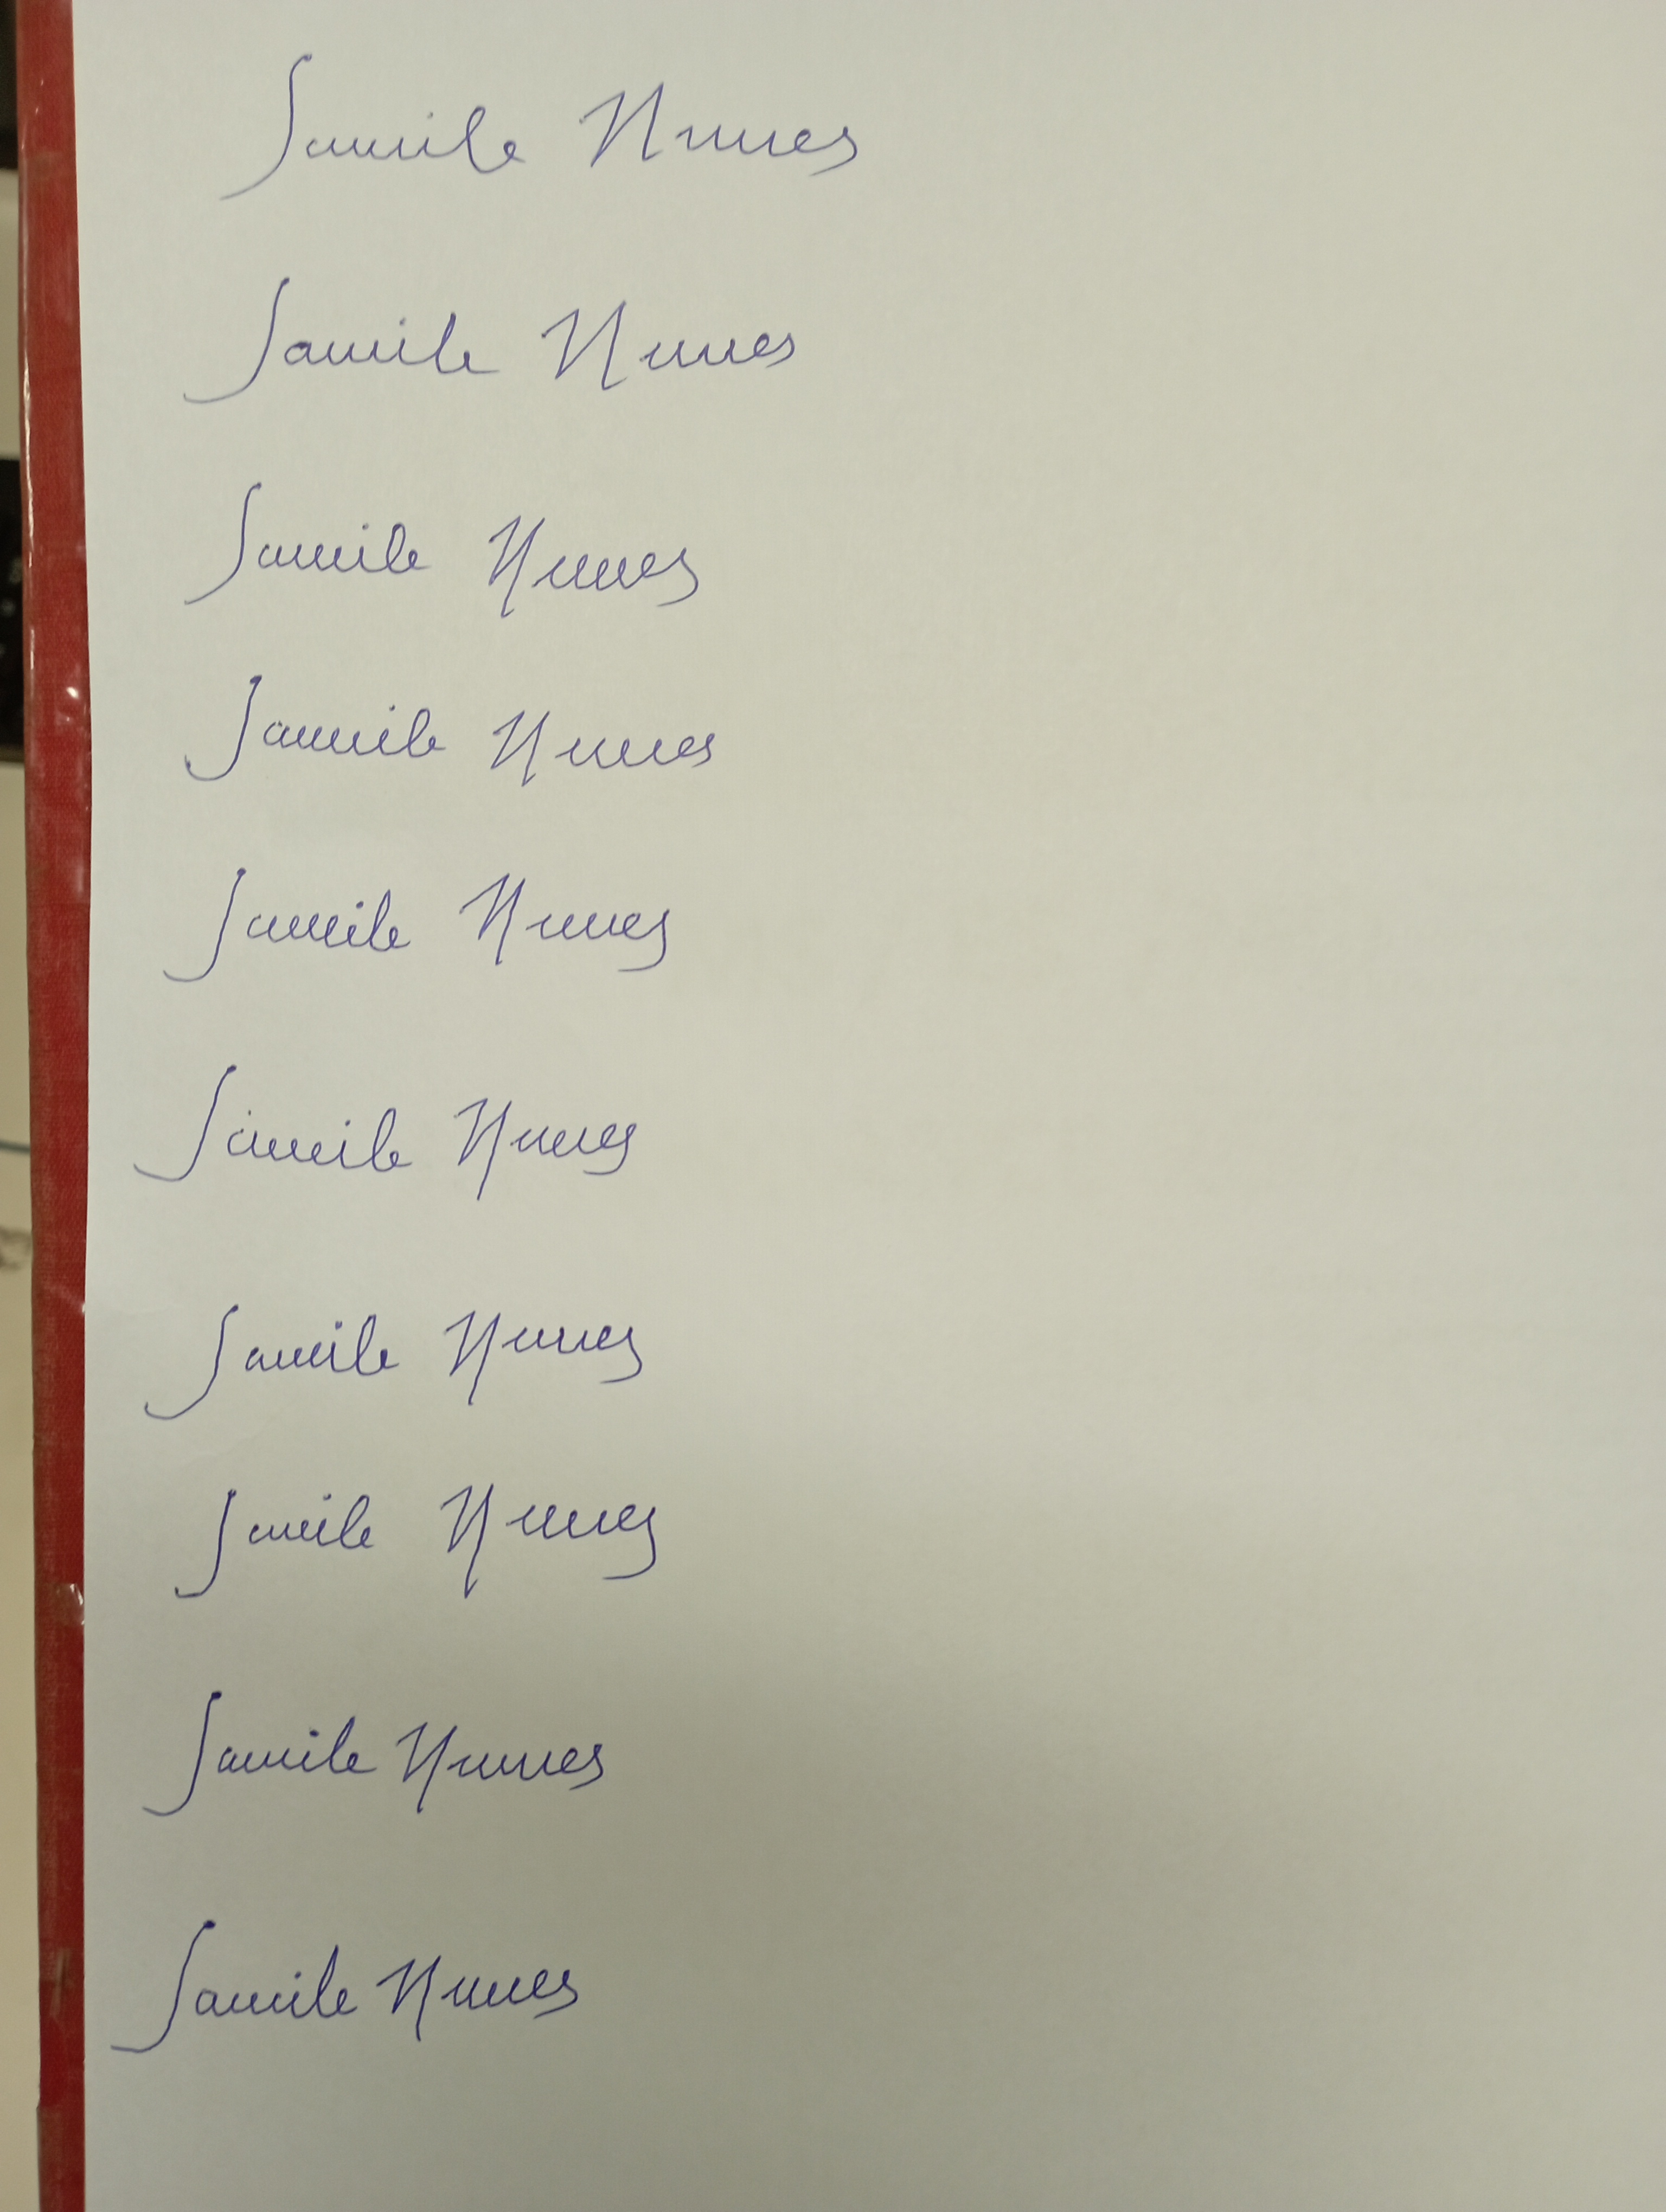
Signature authenticity: forged